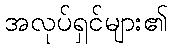
အလုပ်ရှင်များ၏